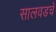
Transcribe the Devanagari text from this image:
सालवडचे